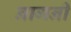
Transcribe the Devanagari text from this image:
नागनी